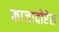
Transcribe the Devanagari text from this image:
काजादोरेस